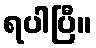
ရပါပြီ။